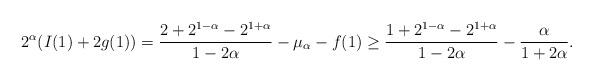
LaTeX: \begin{align*}2^\alpha(I(1)+2g(1)) = \frac {2+2^{1-\alpha} -2^{1+\alpha} }{1-2\alpha} - \mu_\alpha - f(1) \ge \frac {1+2^{1-\alpha} -2^{1+\alpha} }{1-2\alpha}- \frac \alpha{1+2\alpha}.\end{align*}